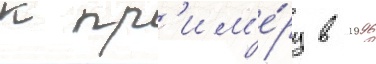
к пр'им'е́ру в 1996